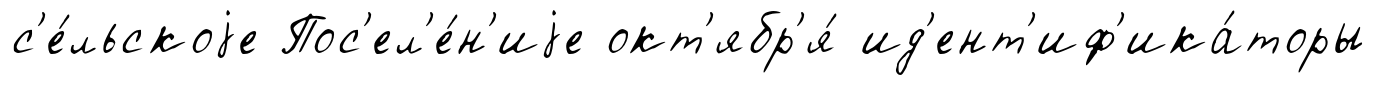
с'е́льскоjе Пос'ел'е́н'иjе окт'ябр'я́ ид'ент'иф'ика́торы